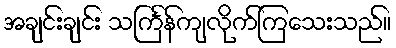
အချင်းချင်း သင်္ကြန်ကျလိုက်ကြသေးသည်။